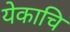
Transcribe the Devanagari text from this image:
येकाचि